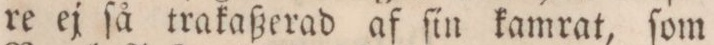
re ej ſå trakaßerad af ſin kamrat, ſom